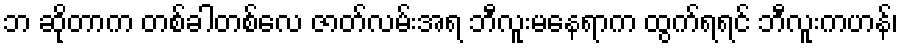
ဘ ဆိုတာက တစ်ခါတစ်လေ ဇာတ်လမ်းအရ ဘီလူးမနေရာက ထွက်ရရင် ဘီလူးကဟန်၊